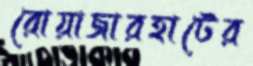
রোয়াজারহাটের